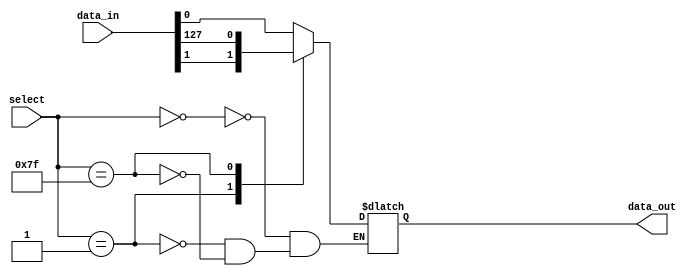
module mux128to1 (
    input [127:0] data_in,
    input [6:0] select,
    output reg data_out
);
    
always @(*)
begin
    case(select)
        7'b0000000: data_out = data_in[0];
        7'b0000001: data_out = data_in[1];
        // continue with cases for each input line
        7'b1111111: data_out = data_in[127];
    endcase
end

endmodule